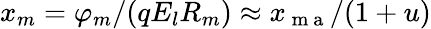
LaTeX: x_{m}=\varphi_{m}/(qE_{l}R_{m})\approx x_{\mathrm{~m~a~}}/(1+u)